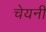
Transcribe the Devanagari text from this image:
चेयनी